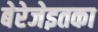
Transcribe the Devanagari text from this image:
बेरेजेइतका